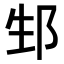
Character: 𨚥